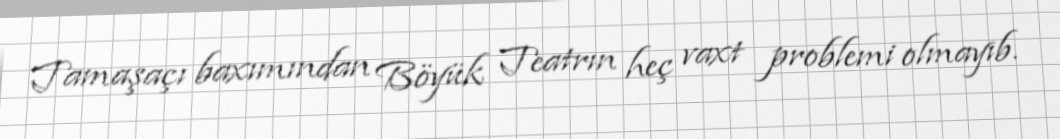
Tamaşaçı baxımından Böyük Teatrın heç vaxt problemi olmayıb.